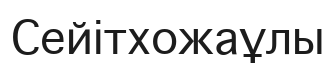
Сейітхожаұлы